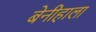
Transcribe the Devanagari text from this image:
बेनीहाला